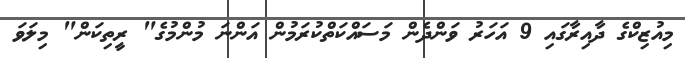
މިއުޒިކްގެ ދާއިރާގައި 9 އަހަރު ވަންދެން މަސައްކަތްކުރަމުން އަންނަ މުންމުގެ" ރީތިކަން" މިލަވަ